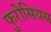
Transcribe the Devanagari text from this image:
फुरोसियस